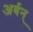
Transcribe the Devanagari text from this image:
अर्बन्